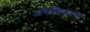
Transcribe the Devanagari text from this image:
अवैश्विकरण